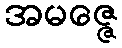
အမဇ္ဇေ